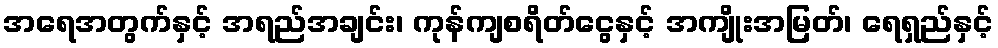
အရေအတွက်နှင့် အရည်အချင်း၊ ကုန်ကျစရိတ်ငွေနှင့် အကျိုးအမြတ်၊ ရေရှည်နှင့်